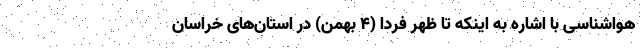
هواشناسی با اشاره به اینکه تا ظهر فردا (۴ بهمن) در استان‌های خراسان